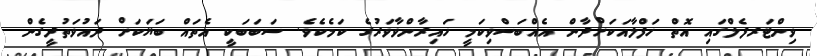
ވިންޓަރފެލްގައި އޮތް ހަފްލާއަކަށްދާން އެއްބަސްވިކަމީ ހައިރާންވާވަރުގެ ކަމެކެވެ. ސަބަބަކީ އެތައް ބަޔަކަށް ދައުވަތުދީގެން